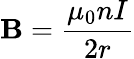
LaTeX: \mathbf{B}={\frac{{\mu_{0}nI}}{{2r}}}